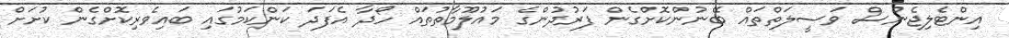
އިންޓެލިޖެންސް ވަސީލަތްތައް ބޭނުންކޮށްގެން ފަރުދުންގެ މައުލޫމާތުތައް ހޯދާ އެފަދަ ކަންކަމުގައި ބައިވެރިކޮށްގެން ކުށަށް